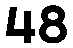
48